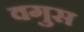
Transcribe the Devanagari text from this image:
वगुस